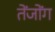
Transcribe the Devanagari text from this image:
तेंजोंग